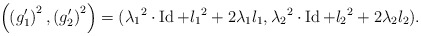
\begin{align*}\left(\left(g_1'\right)^2,\left(g_2'\right)^2 \right)=({\lambda_1}^2 \cdot \operatorname{Id} + {l_1}^2 + 2 \lambda_1 l_1, {\lambda_2}^2 \cdot \operatorname{Id} + {l_2}^2 + 2 \lambda_2 l_2 ).\end{align*}